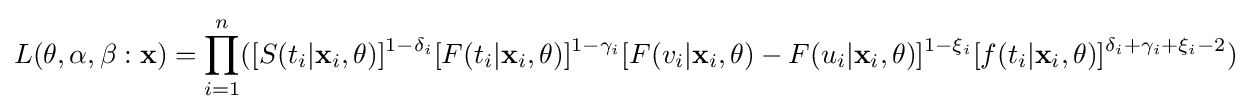
L(\mathbf {\theta } ,\alpha ,\beta :{\mathbf {x} })=\prod _{i=1}^{n}([S(t_{i}|\mathbf {x} _{i},\mathbf {\theta } )]^{1-\delta _{i}}[F(t_{i}|\mathbf {x} _{i},\mathbf {\theta } )]^{1-\gamma _{i}}[F(v_{i}|\mathbf {x} _{i},\mathbf {\theta } )-F(u_{i}|\mathbf {x} _{i},\mathbf {\theta } )]^{1-\xi _{i}}[f(t_{i}|\mathbf {x} _{i},\mathbf {\theta } )]^{\delta _{i}+\gamma _{i}+\xi _{i}-2})